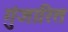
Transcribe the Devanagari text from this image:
गुंजारित